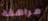
مراهقة